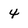
Character: 4